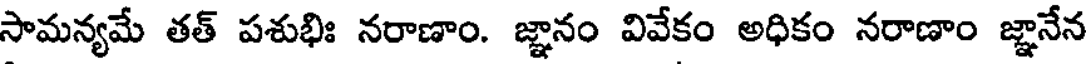
సామన్యమే తత్ పశుభిః నరాణాం. జ్ఞానం వివేకం అధికం నరాణాం జ్ఞానేన